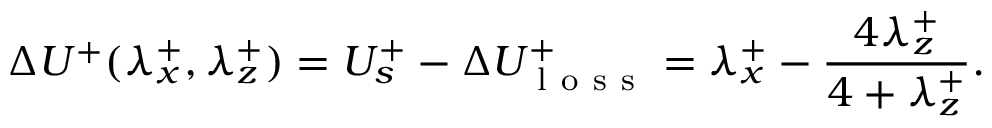
\Delta U ^ { + } ( \lambda _ { x } ^ { + } , \lambda _ { z } ^ { + } ) = U _ { s } ^ { + } - \Delta U _ { \mathrm { ~ l ~ o ~ s ~ s ~ } } ^ { + } = \lambda _ { x } ^ { + } - \frac { 4 \lambda _ { z } ^ { + } } { 4 + \lambda _ { z } ^ { + } } .